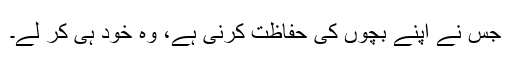
جس نے اپنے بچوں کی حفاظت کرنی ہے، وہ خود ہی کر لے۔